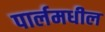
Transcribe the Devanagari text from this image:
पार्लमधील